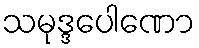
သမုဒ္ဒပေါဏော